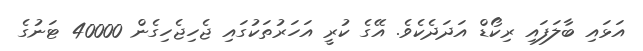
އަޅައި ބާލަފައި ރިކޯޑް އަދަދެެކެވެ. އޭގެ ކުރީ އަހަރުތަކުގައި ޖެހިޖެހިގެން 40000 ޓަނުގެ